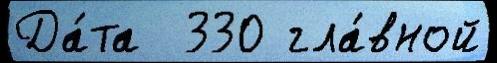
Да́та  330 гла́вной